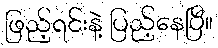
ဖြည့်ရင်းနဲ့ ပြည့်နေပြီ။